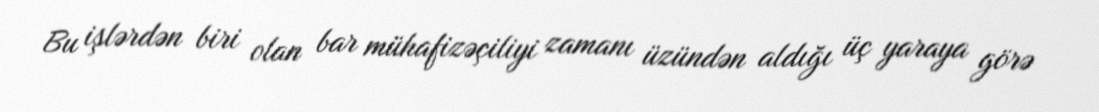
Bu işlərdən biri olan bar mühafizəçiliyi zamanı üzündən aldığı üç yaraya görə